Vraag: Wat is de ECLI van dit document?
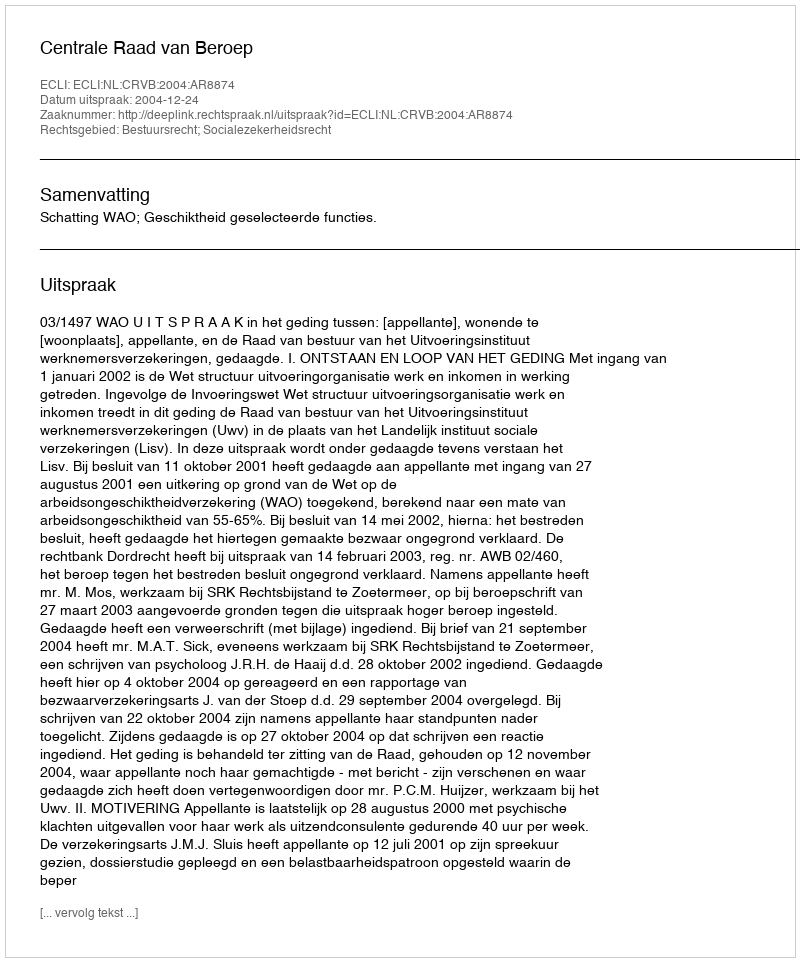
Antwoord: ECLI:NL:CRVB:2004:AR8874